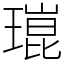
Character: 𤨾